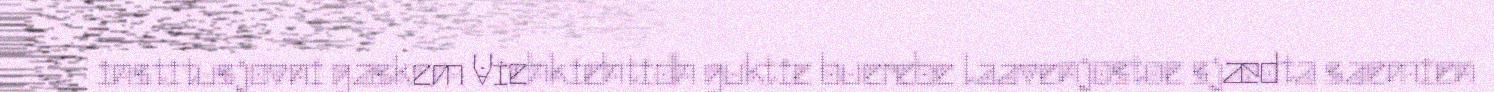
institusjovni gaskem Viehkiehtidh guktie buerebe laavenjostoe sjædta saemien